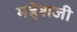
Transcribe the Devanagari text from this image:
महेशजी